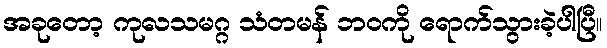
အခုတော့ ကုလသမဂ္ဂ သံတမန် ဘဝကို ရောက်သွားခဲ့ပါပြီ။